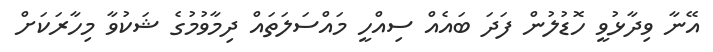
އޭނާ ވިދާޅުވީ ހޮޑުލުން ފަދަ ބައެއް ސިއްހީ މައްސަލަތައް ދިމާވުމުގެ ޝަކުވާ މިހާރަކަށް